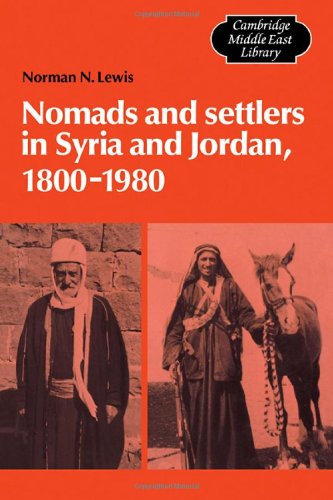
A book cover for Nomads and Settlers in Syria and Jordan, 1800-1980 (Cambridge Middle East Library); Norman N. Lewis; History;